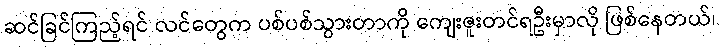
ဆင်ခြင်ကြည့်ရင် လင်တွေက ပစ်ပစ်သွားတာကို ကျေးဇူးတင်ရဦးမှာလို ဖြစ်နေတယ်၊